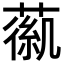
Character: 𦹟